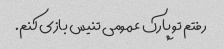
رفتم تو پارک عمومی تنیس بازی کنم.